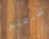
لأتعلم